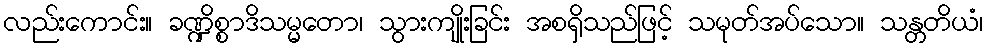
လည်းကောင်း။ ခဏ္ဍိစ္စာဒိသမ္မတော၊ သွားကျိုးခြင်း အစရှိသည်ဖြင့် သမုတ်အပ်သော။ သန္တတိယံ၊